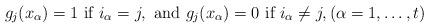
LaTeX: \begin{align*} g_j(x_\alpha) = 1 \mbox{ if } i_\alpha =j, \mbox{ and } g_j(x_\alpha) = 0 \mbox{ if } i_\alpha \not=j, (\alpha=1,\dots,t)\end{align*}